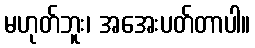
မဟုတ်ဘူး၊ အအေးပတ်တာပါ။